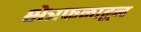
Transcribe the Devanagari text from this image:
क्षेत्रफळाहून